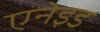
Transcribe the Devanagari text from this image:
एनेइड